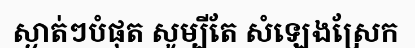
ស្ងាត់ៗបំផុត សូម្បីតែ សំឡេងស្រែក